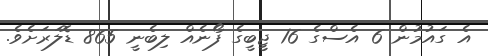
އެ ގައުމުން 6 އެސްގެ 16 ޖީބީގެ ފޯނެއް ލިބެނީ 865 ޑޮލަރަށެވެ.